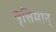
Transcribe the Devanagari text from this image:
वृत्तिमान्‌